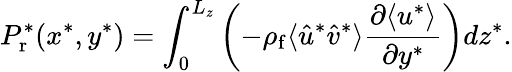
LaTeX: P_{\mathrm{r}}^{*}(x^{*},y^{*})=\int_{0}^{L_{z}}\left(-\rho_{\mathrm{f}}\langle\hat{u}^{*}\hat{v}^{*}\rangle\frac{\partial\langle u^{*}\rangle}{\partial y^{*}}\right)dz^{*}.